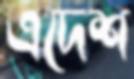
এদেশ